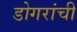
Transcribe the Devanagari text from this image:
डोगरांची